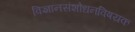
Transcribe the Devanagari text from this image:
विज्ञानसंशोधनविषयक